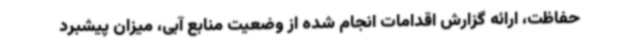
حفاظت، ارائه گزارش اقدامات انجام شده از وضعیت منابع آبی، میزان پیشبرد